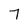
Character: 7